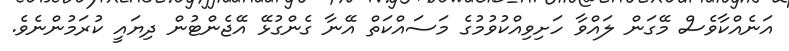
އަނެއްކާވެސް މޭގަން ލައްވާ ހަށިވިއްކުވުމުގެ މަސައްކަތް އޭނާ ގެންގުޅޭ އޭޖެންޓުން ދިޔައީ ކުރަމުންނެވެ.